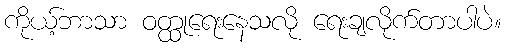
ကိုယ့်ဘာသာ ဝတ္ထုရေးနေသလို ရေးချလိုက်တာပါပဲ။